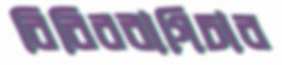
বিবিরবাগিচার